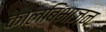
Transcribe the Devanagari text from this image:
कालबिभाजन